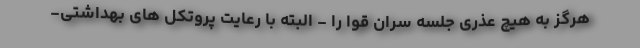
هرگز به هیچ عذری جلسه سران قوا را - البته با رعایت پروتکل های بهداشتی-